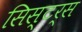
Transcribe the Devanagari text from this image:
सिस्टर्स